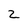
Character: 2